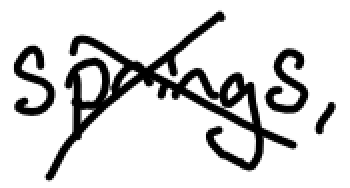
Text: Springs,
Cross-out: cross
Writing tool: digital_black